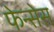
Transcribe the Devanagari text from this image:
फेन्सेस